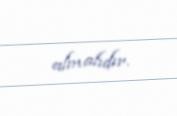
almalıdır.